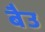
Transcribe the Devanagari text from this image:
बैउ